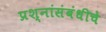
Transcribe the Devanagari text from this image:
प्रश्नांसंबंधीचे